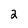
Character: 2